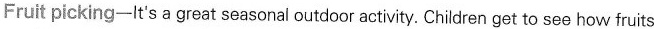
Fruit picking—It's a great seasonal outdoor actiity. Chidrenget to see how fruits